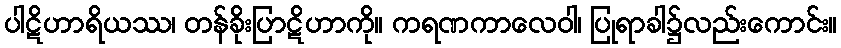
ပါဋိဟာရိယဿ၊ တန်ခိုးပြာဋိဟာကို။ ကရဏကာလေဝါ၊ ပြုရာခါ၌လည်းကောင်း။